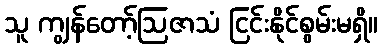
သူ ကျွန်တော့်ဩဇာသံ ငြင်းနိုင်စွမ်းမရှိ။